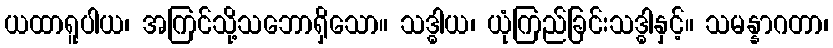
ယထာရူပါယ၊ အကြင်သို့သဘောရှိသော။ သဒ္ဓါယ၊ ယုံကြည်ခြင်းသဒ္ဓါနှင့်။ သမန္နာဂတာ၊